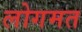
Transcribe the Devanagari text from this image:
लोगमत